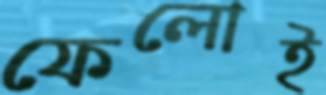
ফেলোই